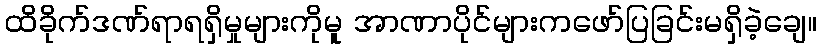
ထိခိုက်ဒဏ်ရာရရှိမှုများကိုမူ အာဏာပိုင်များကဖော်ပြခြင်းမရှိခဲ့ချေ။